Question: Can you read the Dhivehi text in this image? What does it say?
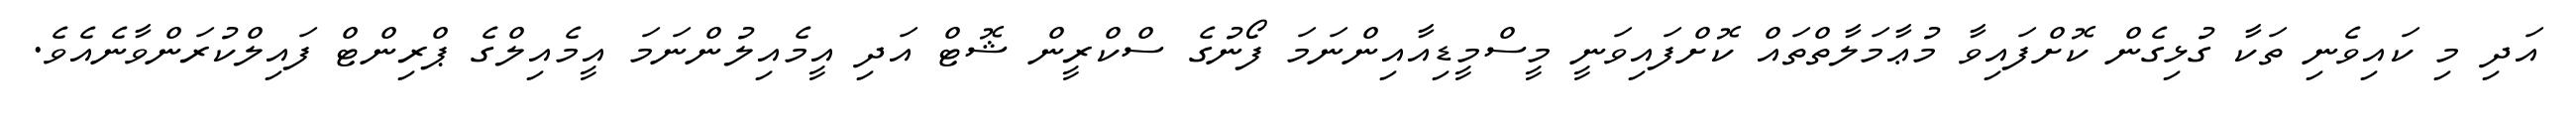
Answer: އަދި މި ކައިވެނި ތަކާ ގުޅިގެން ކޮށްފައިވާ މުޢާމަލާތްތައް ކޮށްފައިވަނީ މީސްމީޑިއާއިންނަމަ ފޯނުގެ ސްކްރީން ޝޮޓް އަދި އީމެއިލުންނަމަ އީމެއިލްގެ ޕްރިންޓް ފައިލްކުރަންވާނެއެވެ.